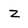
Character: z